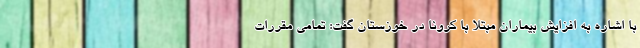
با اشاره به افزایش بیماران مبتلا با کرونا در خوزستان گفت: تمامی مقررات